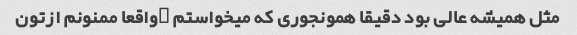
مثل همیشه عالی بود دقیقا همونجوری که میخواستم …واقعا ممنونم ازتون